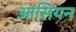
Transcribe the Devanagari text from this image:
आसियन